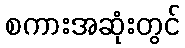
စကားအဆုံးတွင်